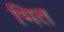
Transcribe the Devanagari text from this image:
भित